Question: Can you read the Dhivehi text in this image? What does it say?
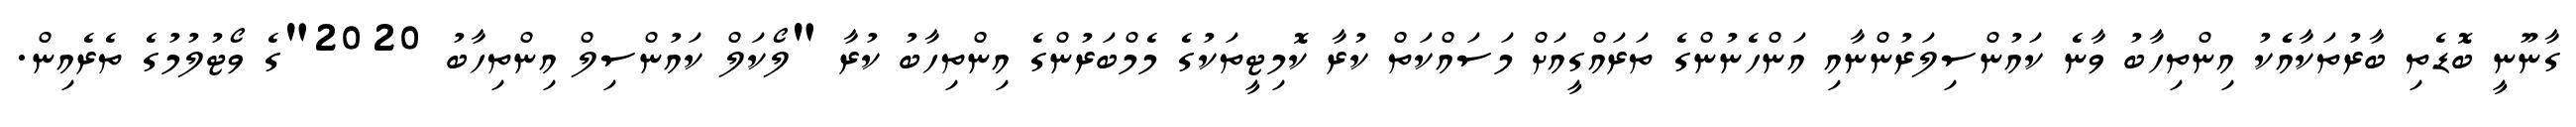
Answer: ގާނޫނީ ބޮޑެތި ބާރުތަކާއެެކު އިންތިހާބު ވާނެ ކައުންސިލަރުންނާއި އަންހެނުންގެ ތަރައްގީއަށް މަސައްކަތް ކުރާ ކޮމިޓީތަކުގެ މެމްބަރުންގެ އިންތިހާބު ކުރާ "ލޯކަލް ކައުންސިލް އިންތިހާބު 2020"ގެ ވޯޓުލުމުގެ ތެރެއިން.